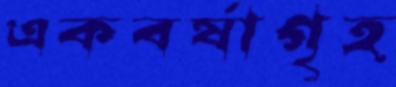
একবর্ষাগৃহ